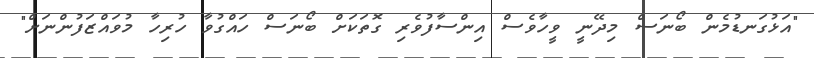
"އަޅުގަނޑުމެން ބޯނަސް މިދޭނީ ވީހާވެސް އިންސާފުވެރި ގޮތަކަށް ބޯނަސް ހައްގުވާ ހުރިހާ މުވައްޒަފުންނަށް"